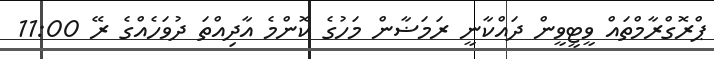
ޕްރޮގްރާމްތައް ވީޓީވީން ދައްކާނީ ރަމަޟާން މަހުގެ ކޮންމެ އާދިއްތަ ދުވަހެއްގެ ރޭ 11:00